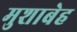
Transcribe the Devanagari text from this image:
मुशाबेह